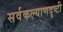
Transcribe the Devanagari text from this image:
सर्वकल्याणदृष्टी